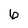
Character: 6